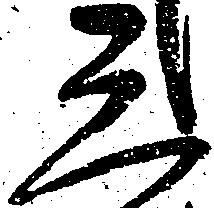
三